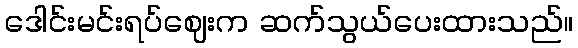
ဒေါင်းမင်းရပ်ဈေးက ဆက်သွယ်ပေးထားသည်။